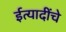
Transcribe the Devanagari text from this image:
ईत्यादींचे